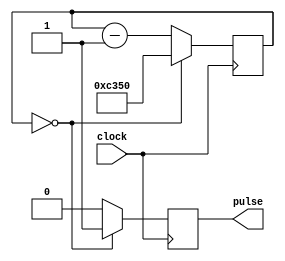
module tick_50000 (
	clock,
	pulse
);

	input clock;
	output pulse;

	reg [15:0] count;
	reg pulse;
	initial pulse = 1'b0;

	always @ (posedge clock)
		if (count == 0) begin
			pulse <= 1'b1;
			count <= 50000;
			end
		else begin
			pulse <= 1'b0;
			count <= count - 1;
			end
endmodule